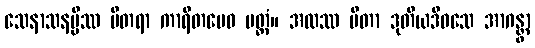
သေနာသနမ္ပိဿ ပိတရာ ကာရိတမေဝ ပတ္တံ။ အထဿ ပိတာ ဒုတိယဒိဝသေ အာဂန္တွာ